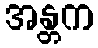
အန္တက